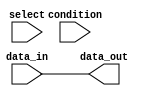
module bit_select_assign (
    input [7:0] data_in,
    input [2:0] select,
    input condition,
    output reg [7:0] data_out
);

always @* begin
    if (condition == 1'b1) begin
        case (select)
            3'b000: data_out = {data_in[7], data_in[6:0]};
            3'b001: data_out = {data_in[7:6], data_in[5:0]};
            3'b010: data_out = {data_in[7:5], data_in[4:0]};
            3'b011: data_out = {data_in[7:4], data_in[3:0]};
            default: data_out = data_in;
        endcase
    end else begin
        data_out = data_in;
    end
end

endmodule